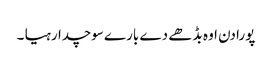
پورا دن اوہ بڈھے دے بارے سوچدا رہیا ۔